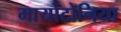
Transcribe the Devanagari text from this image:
मायोटोनिया